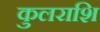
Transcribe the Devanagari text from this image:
कुलराशि